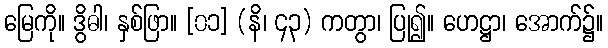
မြေကို။ ဒွိဓါ၊ နှစ်ဖြာ။ [၀၁] (နိ၊ ၄၃) ကတွာ၊ ပြု၍။ ဟေဋ္ဌာ၊ အောက်၌။